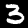
Digit: 3